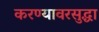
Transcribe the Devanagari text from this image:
करण्यावरसुद्धा